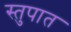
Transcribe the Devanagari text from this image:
स्तुपात